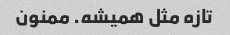
تازه مثل همیشه. ممنون